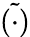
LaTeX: \tilde{\left(\cdot\right)}